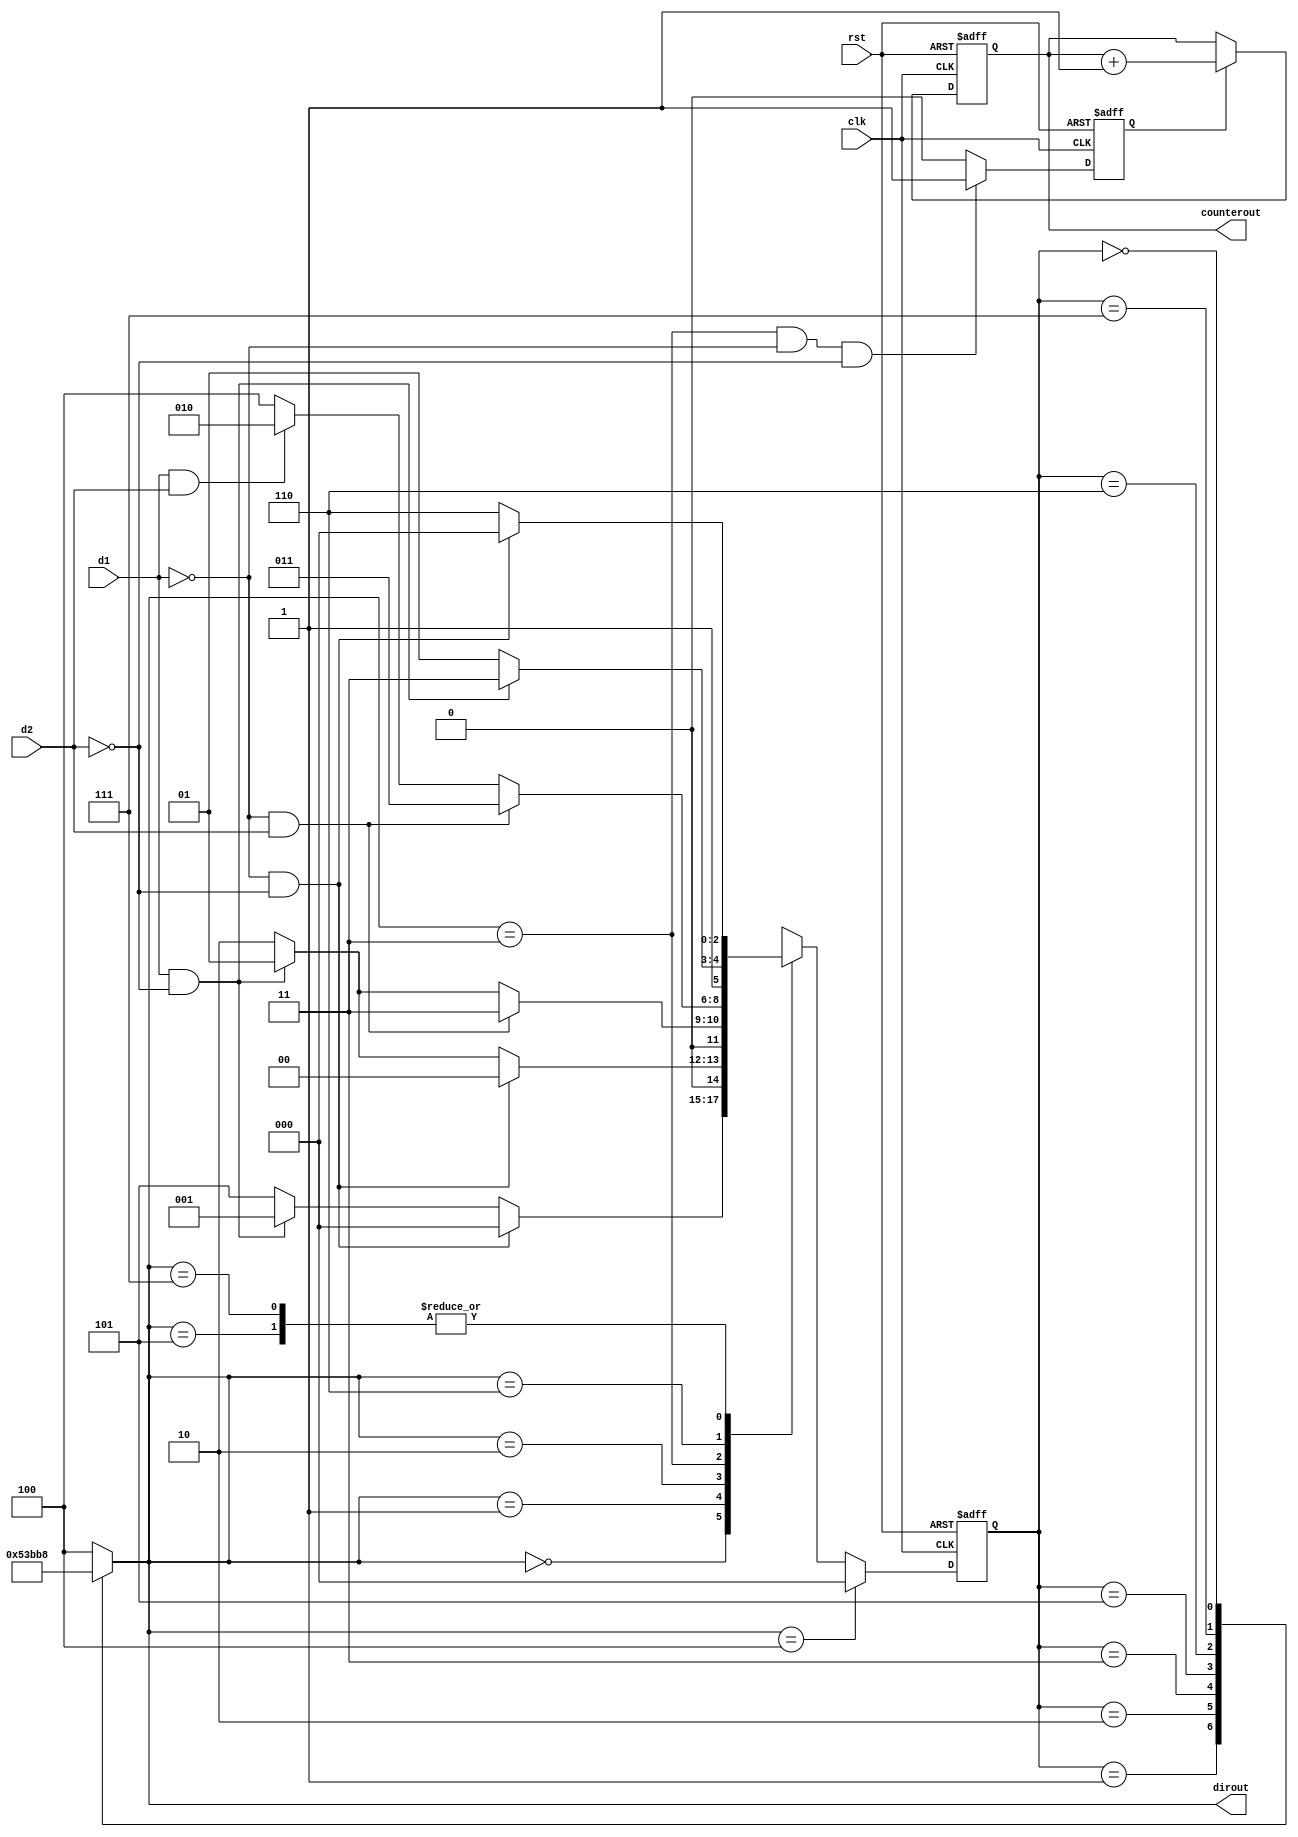
module fsm(d1,d2,clk,dirout,rst,counterout);


input d1,d2,clk;
input rst;
output [2:0] dirout;
output [2:0] counterout;
reg [2:0] regin;
reg [2:0] regout;

parameter s0=3'b0, s1=3'b1,s2=3'b010,s3=2'b011,s4=3'b100,s5=3'b101,s6=3'b110,s7=3'b111;

always@(regin)
begin
   case(regin[2:0]) 

     s1: regout[2:0] =s1;
     s2: regout[2:0] =s2;
     s3: regout[2:0] =s3;
     s5: regout[2:0] =s5;
     s6: regout[2:0] =s6;
     s7: regout[2:0] =s7;  
     s0: regout[2:0] =s0;
      default  :regout[2:0] =s4;
     endcase 
end




always@(posedge clk or negedge rst)
begin
  if (rst==1'b0)   
    regin[2:0]<=s4;  
  else if (regout[2:0] == s4)
    regin[2:0]<=s0;
  else 
    case (regout)
      s0:
         if(d1==1'b0 & d2==1'b0)
           regin[2:0]<=s0;
         else if (d1==1'b1 & d2==1'b0)
           regin[2:0]<=s1;
         else // 01 
           regin[2:0]<=s5;
           
      s1:
         if(d1==1'b0 & d2==1'b0)
           regin[2:0]<=s0;
         else if(d1==1'b1 & d2==1'b0)
           regin[2:0]<=s1;     
         else 
           regin[2:0]<=s2;  
            
      s2:
         if(d1==1'b0 & d2==1'b1)
           regin[2:0]<=s3;
         else if(d1==1'b1 & d2==1'b0)
           regin[2:0]<=s1;     
         else 
           regin[2:0]<=s2;   

      s3:
         if(d1==1'b0 & d2==1'b1)
           regin[2:0]<=s3;
         else if(d1==1'b1 & d2==1'b1)
           regin[2:0]<=s2;     
         else 
           regin[2:0]<=s4;   
      s4:
           regin[2:0]<=s0;
      s5:
          if(d1==1'b0 & d2==1'b0)
           regin[2:0]<=s0;
         else // 11 
           regin[2:0]<=s6;  
      s6: 
         if(d1==1'b1 & d2==1'b0)
           regin[2:0]<=s7;
         else // 01 
           regin[2:0]<=s5;  
       s7:
         if(d1==1'b0 & d2==1'b0)
           regin[2:0]<=s0;
         else // 11 
           regin[2:0]<=s6;              
      
        default regin[2:0]<=s4;     
       endcase           
end  

assign dirout[2:0]= regout[2:0] ;
 
reg cntrl;

always @ (posedge clk or negedge rst)
     if (rst==1'b0)
       cntrl=1'b0;
     else if (regout == s3 & d1==1'b0 & d2==1'b0)   
       cntrl=1'b1;
     else
       cntrl=1'b0;
      
      
reg [2:0] count ;
always @ (posedge clk or negedge rst)
	begin
		if (rst==1'b0)
			count[2:0] <= 3'b0;
		else if (cntrl == 1'b1)
			count[2:0] <= count[2:0]+ 3'b1;
	    else 
	     	count[2:0] <= count[2:0] ;
	end
assign counterout[2:0]=count[2:0] ;


endmodule